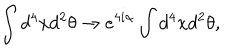
\int d ^ { 4 } x d ^ { 2 } \theta \to e ^ { 4 i \alpha } \int d ^ { 4 } x d ^ { 2 } \theta ,